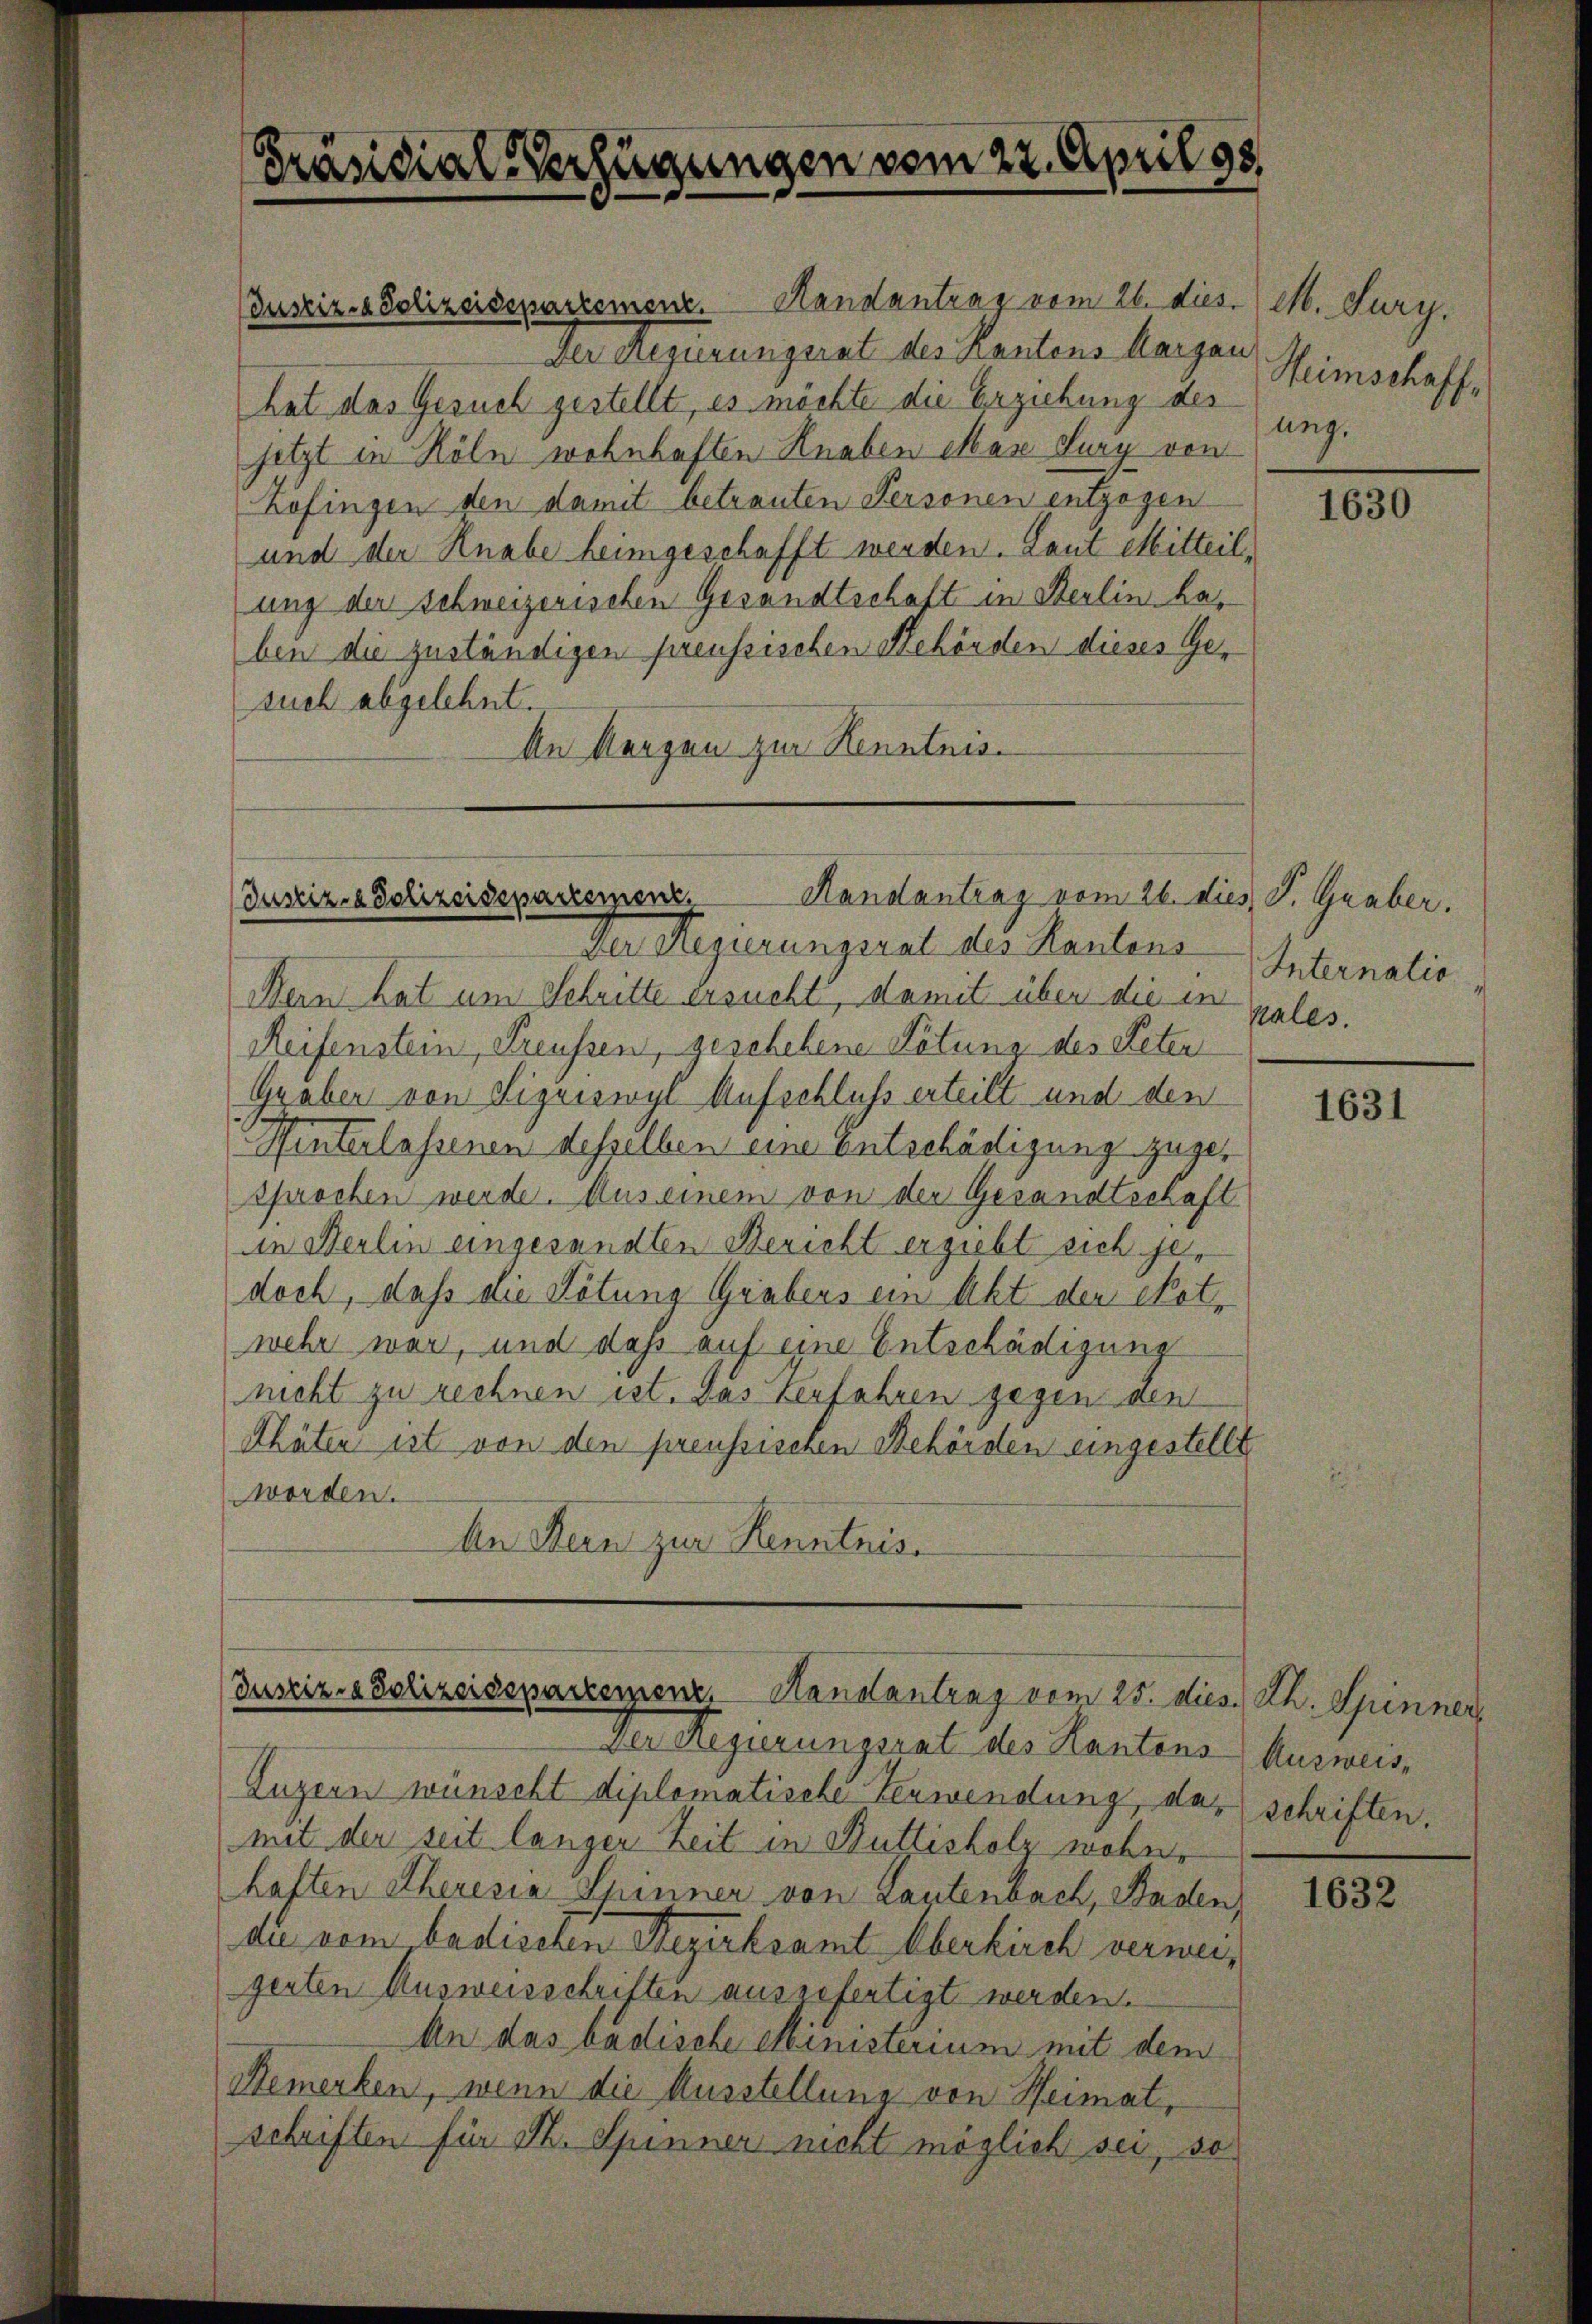
Präsidial-Verfügungen vom 22. April 18

Justiz- & Polizeidepartemenz. Hankantrag vom 26. dies
Der Regierungsrat des Kantons Aargau Heimschaffhat das Gesuch gestellt, es möchte die Erziehung des
setzt in Köln wohnhaften Knaben Man Lury von
Kofingen den damit betrauten Personen entzogen
und der Knabe heimgeschafft werden. Laut Mitteil,
ung der Schweizerischen Gesandtschaft in Berlin has
ben die zuständigen preussischen Behörden dieses Gesuch abgelehnt.
ke Kerzen zur Kenntnis-

Handantrag vom 26. dies J. Graber,
Justiz- & Polizeidepartement

Justiz- & Polizeidsparzerenz, Handantrag vom 25. dies. Th. Spinner

Der Regierungsrat des Kantons
Bern hat um Schritte ersucht, damit über die in
Reifenstein, Freussen, geschehene Pötung des Reten
Graben von Sigriswyl Aufschluß erteilt und den
Hinterlassenen desselben eine Entschädigung zugesprochen werde. Aus einem von der Gesandtschaft
in Berlin eingesandten Bericht ergiebt sich jedoch, daß die Tötung Grabens ein Akt den Skat-
wehr war, und daß auf eine Entschädigung
nicht zu rechnen ist. Das Verfahren gegen den
Thäten ist von den preussischen Behörden eingestellt,
worden.
An Kern zur Kenntnis.

Der Regierungsrat des Kantons Ausweis¬
Luzern wünscht diplomatische Verwendung, das schriften.
mit der seit länger Zeit in Buttisholz wohne
haften Theresia Spinner von Lautenbach, Baden,
die vom badischen Bezirksamt Oberkirch verweigerten Ausweisschriften ausgefertigt werden.
An das badische Ministerium mit dem
Remerken, wenn die Ausstellung von Heimat,
schriften für M. Spinner nicht möglich sei, so

M. Sury.
ung.

1630

Internatio
pales.

1631

1632